Medical and sanitary report of the native army of Madras for the year
Year: 1872
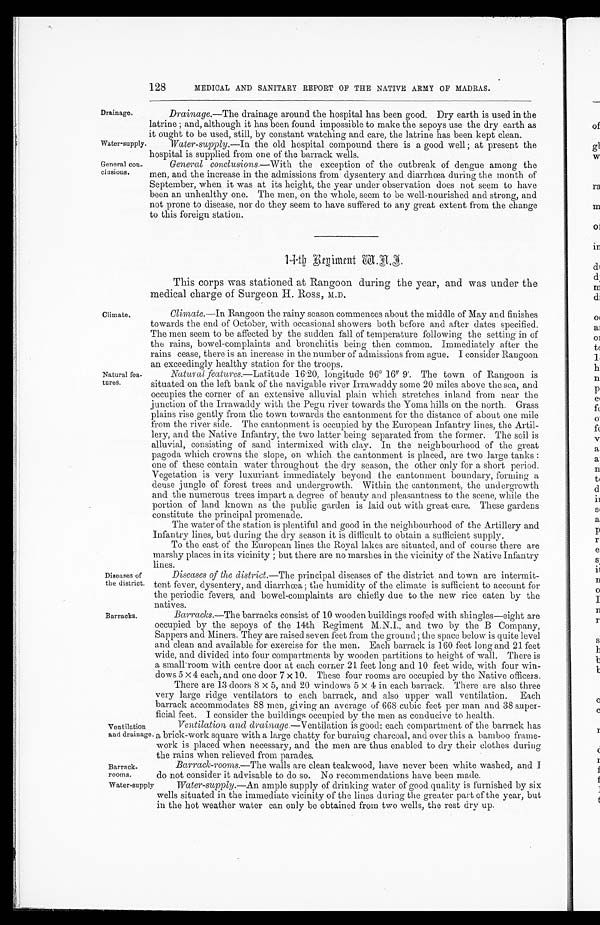
Drainage.
Water-supply.
General con
-clusions.
128
MEDICAL AND SANITARY REPORT OF THE NATIVE ARMY OF MADRAS.
Drainage .—The drainage around the hospital has been good. Dry earth is used in the
latrine; and, although it has been found impossible to make the sepoys use the dry earth as
it ought to be used, still, by constant watching and care, the latrine has been kept clean.
Water-supply .—In the old hospital compound there is a good well; at present the
hospital is supplied from one of the barrack wells.
General conclusions .—With the exception of the outbreak of dengue among the
men, and the increase in the admissions from dysentery and diarrhœa during the month of
September, when it was at its height, the year under observation does not seem to have
been an unhealthy one. The men, on the whole, seem to be well-nourished and strong, and
not prone to disease, nor do they seem to have suffered to any great extent from the change
to this foreign station.
Climate.
Natural fea
-tures.
Diseases of
the district.
Barracks.
14th Regiment W.A.I.
This corps was stationed at Rangoon during the year, and was under the
medical charge of Surgeon H. Ross, M.D.
Climate .—In Rangoon the rainy season commences about the middle of May and finishes
towards the end of October, with occasional showers both before and after dates specified.
The men seem to be affected by the sudden fall of temperature following the setting in of
the rains, bowel-complaints and bronchitis being then common. Immediately after the
rains cease, there is an increase in the number of admissions from ague. I consider Rangoon
an exceedingly healthy station for the troops.
Natural features .—Latitude 16.20, longitude 96° 16" 9'. The town of Rangoon is
situated on the left bank of the navigable river Irrawaddy some 20 miles above the sea, and
occupies the corner of an extensive alluvial plain which stretches inland from near the
junction of the Irrawaddy with the Pegn river towards the Yoma hills on the north. Grass
plains rise gently from the town towards the cantonment for the distance of about one mile
from the river side. The cantonment is occupied by the European Infantry lines, the Artil
-lery, and the Native Infantry, the two latter being separated from the former. The soil is
alluvial, consisting of sand intermixed with clay. In the neighbourhood of the great
pagoda which crowns the slope, on which the cantonment is placed, are two large tanks:
one of these contain water throughout the dry season, the other only for a short period.
Vegetation is very luxuriant immediately beyond the cantonment boundary, forming a
dense jungle of forest trees and undergrowth. Within the cantonment, the undergrowth
and the numerous trees impart a degree of beauty and pleasantness to the scene, while the
portion of land known as the public garden is laid out with great care. These gardens
constitute the principal promenade.
The water of the station is plentiful and good in the neighbourhood of the Artillery and
Infantry lines, but during the dry season it is difficult to obtain a sufficient supply.
To the east of the European lines the Royal lakes are situated, and of course there are
marshy places in its vicinity; but there are no marshes in the vicinity of the Native Infantry
lines.
Diseases of the district .—The principal diseases of the district and town are intermit
-tent fever, dysentery, and diarrhœa; the humidity of the climate is sufficient to account for
the periodic fevers, and bowel-complaints are chiefly due to the new rice eaten by the
natives.
Barracks .—The barracks consist of 10 wooden buildings roofed with shingles—eight are
occupied by the sepoys of the 14th Regiment M.N.I., and two by the B Company,
Sappers and Miners. They are raised seven feet from the ground; the space below is quite level
and clean and available for exercise for the men. Each barrack is 160 feet long and 21 feet
wide, and divided into four compartments by wooden partitions to height of wall. There is
a small room with centre door at each corner 21 feet long and 10 feet wide, with four win
- d o w s 5 x 4 e a c h , a n d o n e d o o r 7 x 1 0 . T h e s e f o u r r o o m s a r e o c c u p i e d b y t h e N a t i v e o f f i c e r s .
There are 13 doors 8 x 5, and 20 windows 5 x 4 in each barrack. There are also three
very large ridge ventilators to each barrack, and also upper wall ventilation. Each
barrack accommodates 88 men, giving an average of 668 cubic feet per man and 38 super
- f i c i a l f e e t . I c o n s i d e r t h e b u i l d i n g s o c c u p i e d b y t h e m e n a s c o n d u c i v e t o h e a l t h .
Ventilation
and drainage.
Barrack
-rooms.
Ventilation, and drainage .—Ventilation is good: each compartment of the barrack has
a brick-work square with a large chatty for burning charcoal, and over this a bamboo frame
-work is placed when necessary, and the men are thus enabled to dry their clothes during
the rains when relieved from parades.
Barrack-rooms.—The walls are clean teakwood, have never been white washed, and I
do not consider it advisable to do so. No recommendations have been made.
Water-supply
Water-supply .—An ample supply of drinking water of good quality is furnished by six
wells situated in the immediate vicinity of the lines during the greater part of the year, but
in the hot weather water can only be obtained from two wells, the rest dry up.